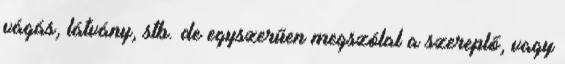
vágás, látvány, stb. de egyszerűen megszólal a szereplő, vagy